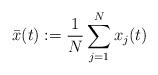
LaTeX: \begin{align*}\bar{x}(t) : = \frac{1}{N} \sum_{j=1}^{N} x_j(t)\end{align*}